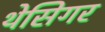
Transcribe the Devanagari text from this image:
थेसिगर